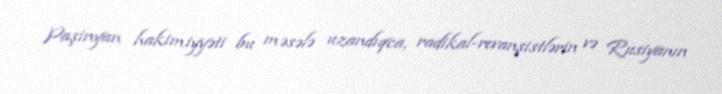
Paşinyan hakimiyyəti bu məsələ uzandıqca, radikal-revanşistlərin və Rusiyanın